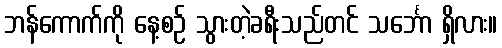
ဘန်ကောက်ကို နေ့စဉ် သွားတဲ့ခရီးသည်တင် သင်္ဘော ရှိလား။